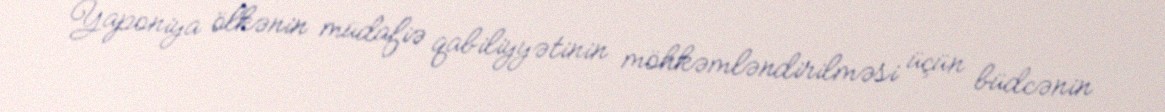
Yaponiya ölkənin müdafiə qabiliyyətinin möhkəmləndirilməsi üçün büdcənin